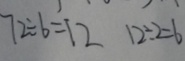
7 2 \div 6 = 1 2 1 2 \div 2 = 6